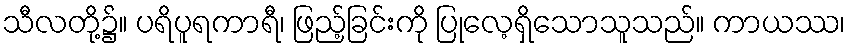
သီလတို့၌။ ပရိပူရကာရီ၊ ဖြည့်ခြင်းကို ပြုလေ့ရှိသောသူသည်။ ကာယဿ၊